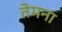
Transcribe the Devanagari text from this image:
तेमना